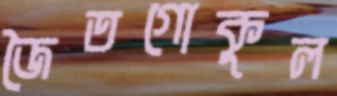
জৈতগোকুল